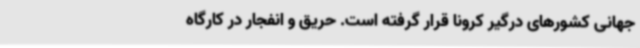
جهانی کشورهای درگیر کرونا قرار گرفته است. حریق و انفجار در کارگاه